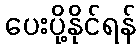
ပေးပို့နိုင်ရန်